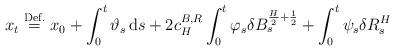
LaTeX: \begin{align*}x_t \overset{\mathrm{Def.}}{=} x_0+\int_0^t\vartheta_s\,\mathrm{d}{s} + 2c_H^{B,R}\int_0^t\varphi_s\delta B_s^{\frac{H}{2}+\frac{1}{2}}+\int_0^t\psi_s\delta{R}^H_s\end{align*}